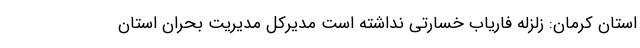
استان کرمان: زلزله فاریاب خسارتی نداشته است مدیرکل مدیریت بحران استان